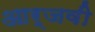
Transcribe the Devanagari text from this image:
आर्जवी